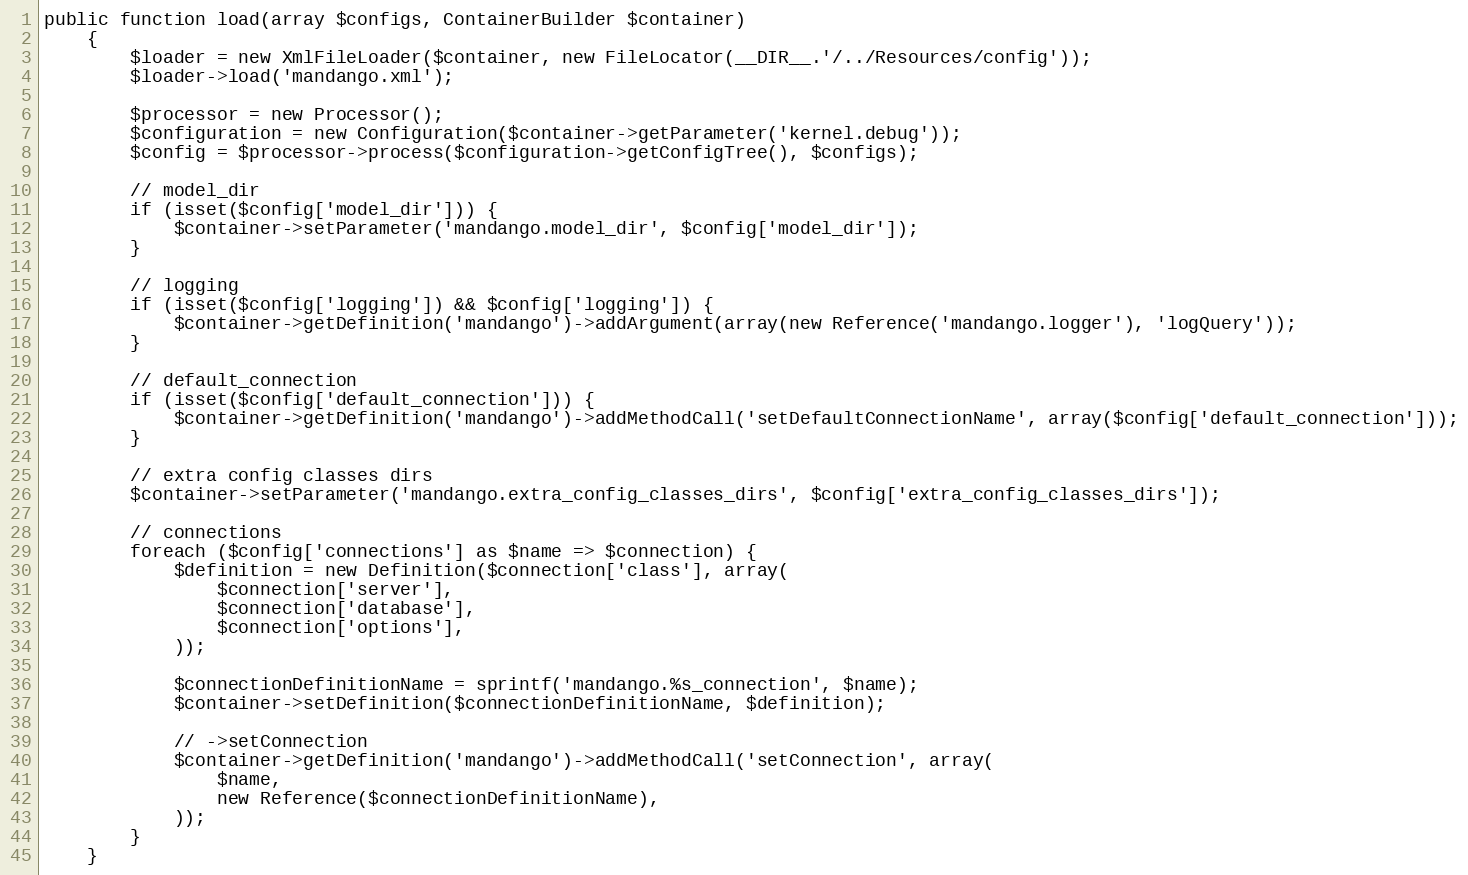
Language: PHP
public function load(array $configs, ContainerBuilder $container)
    {
        $loader = new XmlFileLoader($container, new FileLocator(__DIR__.'/../Resources/config'));
        $loader->load('mandango.xml');

        $processor = new Processor();
        $configuration = new Configuration($container->getParameter('kernel.debug'));
        $config = $processor->process($configuration->getConfigTree(), $configs);

        // model_dir
        if (isset($config['model_dir'])) {
            $container->setParameter('mandango.model_dir', $config['model_dir']);
        }

        // logging
        if (isset($config['logging']) && $config['logging']) {
            $container->getDefinition('mandango')->addArgument(array(new Reference('mandango.logger'), 'logQuery'));
        }

        // default_connection
        if (isset($config['default_connection'])) {
            $container->getDefinition('mandango')->addMethodCall('setDefaultConnectionName', array($config['default_connection']));
        }

        // extra config classes dirs
        $container->setParameter('mandango.extra_config_classes_dirs', $config['extra_config_classes_dirs']);

        // connections
        foreach ($config['connections'] as $name => $connection) {
            $definition = new Definition($connection['class'], array(
                $connection['server'],
                $connection['database'],
                $connection['options'],
            ));

            $connectionDefinitionName = sprintf('mandango.%s_connection', $name);
            $container->setDefinition($connectionDefinitionName, $definition);

            // ->setConnection
            $container->getDefinition('mandango')->addMethodCall('setConnection', array(
                $name,
                new Reference($connectionDefinitionName),
            ));
        }
    }